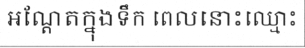
អណ្តែតក្នុងទឹក ពេលនោះឈ្មោះ